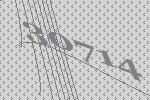
30714